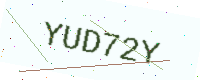
Text: YUD72Y